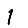
Digit: 1